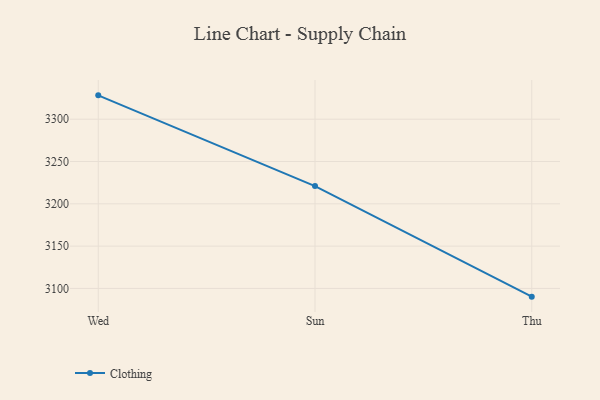
{"axis": {"x": "Day", "y": "Waste Production (Tons)"}, "legend": ["Clothing"], "data": [{"x": "Wed", "y": 3328.2, "type": "Clothing"}, {"x": "Sun", "y": 3221.0, "type": "Clothing"}, {"x": "Thu", "y": 3090.3, "type": "Clothing"}]}